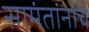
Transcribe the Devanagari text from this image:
सामंतांनाच